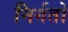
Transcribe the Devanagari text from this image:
निर्गतो